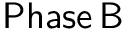
\mathsf { P h a s e \, B }